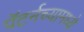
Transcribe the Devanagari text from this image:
पॅटर्नच्यामध्ये